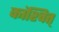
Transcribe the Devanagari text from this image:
कांश्चित्